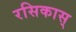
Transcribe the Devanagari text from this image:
रसिकास्